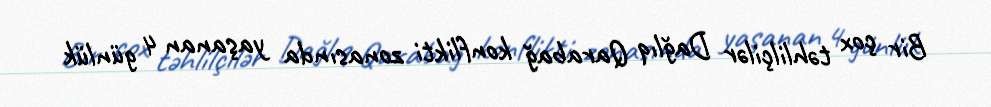
Bir çox təhlilçilər Dağlıq Qarabağ konflikti zonasında yaşanan 4 günlük